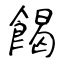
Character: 餲